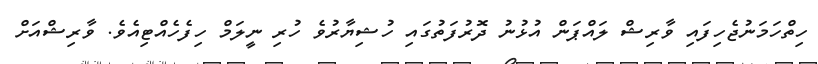
ހިތްހަމަނުޖެހިފައި ވާރިޝް ލައްޕަން އުޅުނު ދޮރުފަތުގައި ހުޝިޔާރުވެ ހުރި ނީލަމް ހިފެހެއްޓިއެވެ. ވާރިޝްއަށް